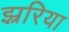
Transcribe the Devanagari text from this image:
झ्ररिया